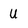
Character: U